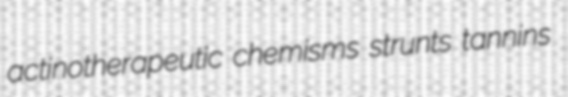
actinotherapeutic chemisms strunts tannins